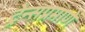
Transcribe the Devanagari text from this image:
ट्रेन्सप्रमाणे